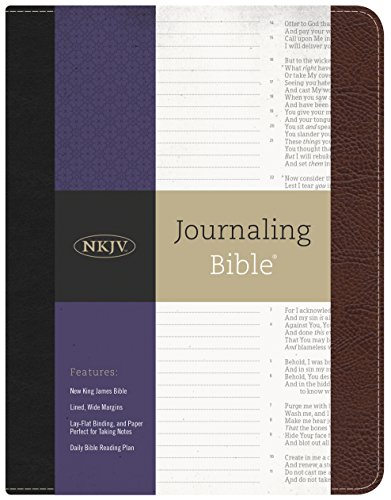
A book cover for NKJV Journaling BibleÂ®; Christian Books & Bibles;